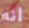
أنه